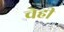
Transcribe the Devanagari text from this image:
चेही